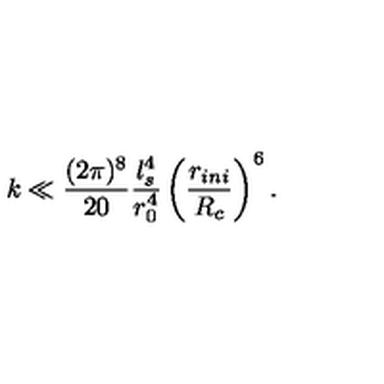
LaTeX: k \ll \frac { ( 2 \pi ) ^ { 8 } } { 2 0 } \frac { l _ { s } ^ { 4 } } { r _ { 0 } ^ { 4 } } \left( \frac { r _ { i n i } } { R _ { c } } \right) ^ { 6 } .